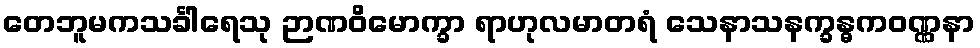
တေဘူမကသင်္ခါရေသု ဉာဏဝိမောက္ခာ ရာဟုလမာတရံ သေနာသနက္ခန္ဓကဝဏ္ဏနာ